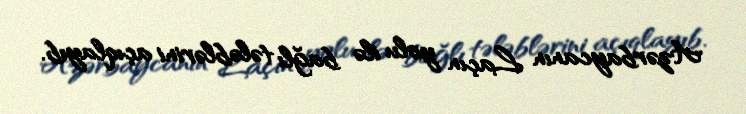
Azərbaycanın Laçın yolu ilə bağlı tələblərini açıqlayıb.